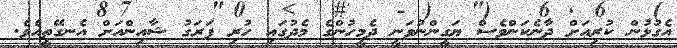
އެގުޅުން ކުރިއަށް ދާނެކަންވެސް ޔަގީންނުވަނީ ދެމީހުންގެ މެދުގައި ހުރި ފަރަގު ޝާއިންއަށް އެނގޭތީއެވެ.